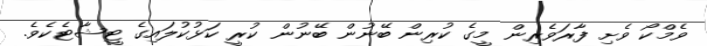
ވެމްކޯ ވެށި ފާރަވެރިން މީގެ ކުރިން ބޭނުން ބޭނުން ކުރީ ކަޅުކުލައިގެ ޓީޝާޓެކެވެ.